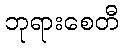
ဘုရားစေတီ